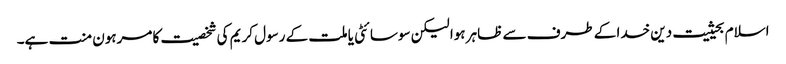
اسلام بحیثیت دین خدا کے طرف سے ظاہر ہوا لیکن سوسائٹی یا ملت کے رسول کریم کی شخصیت کا مرہون منت ہے۔